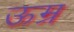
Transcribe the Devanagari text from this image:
ऊम्र